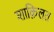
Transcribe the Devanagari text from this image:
शाक़िलत